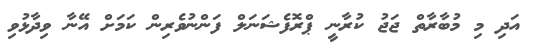
އަދި މި މުބާރާތް ޖަޖު ކުރާނީ ޕްރޮފެޝަނަލް ފަންނުވެރިން ކަމަށް އޭނާ ވިދާޅުވި